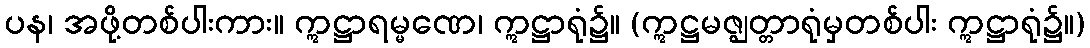
ပန၊ အဖို့တစ်ပါးကား။ ဣဋ္ဌာရမ္မဏေ၊ ဣဋ္ဌာရုံ၌။ (ဣဋ္ဌမဇ္ဈတ္တာရုံမှတစ်ပါး ဣဋ္ဌာရုံ၌။)